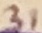
Text: 31